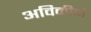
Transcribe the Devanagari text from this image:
अविकीर्ण